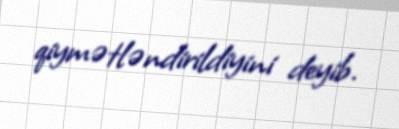
qiymətləndirildiyini deyib.